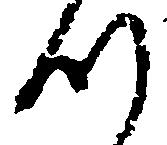
つ